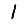
Digit: 1